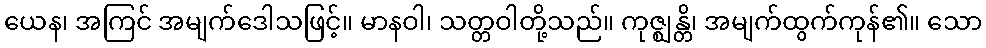
ယေန၊ အကြင် အမျက်ဒေါသဖြင့်။ မာနဝါ၊ သတ္တဝါတို့သည်။ ကုဇ္ဈန္တိ၊ အမျက်ထွက်ကုန်၏။ သော